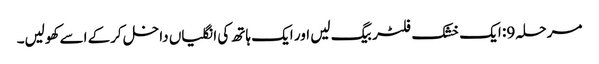
مرحلہ 9: ایک خشک فلٹر بیگ لیں اور ایک ہاتھ کی انگلیاں داخل کرکے اسے کھولیں۔